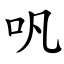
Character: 㕨